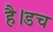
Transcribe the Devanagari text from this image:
है।डच